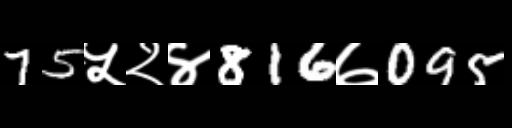
Text: 75५२४816७095